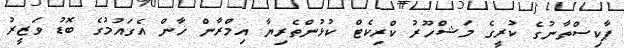
ޕާކިސްތާނުގެ ކުރީގެ މަޝްހޫރު ކްރިކެޓް ކުޅުންތެރިޔާ އިމްރާން ޚާން އެގައުމުގެ ބޮޑު ވަޒީރު